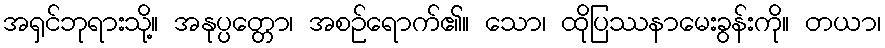
အရှင်ဘုရားသို့။ အနုပ္ပတ္တော၊ အစဉ်ရောက်၏။ သော၊ ထိုပြဿနာမေးခွန်းကို။ တယာ၊